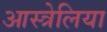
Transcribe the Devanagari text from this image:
आस्त्रेलिया